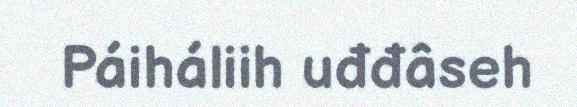
Páiháliih uđđâseh